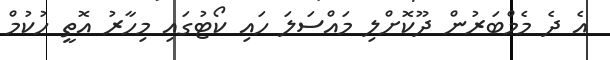
އެ ދެ މެމްބަރުން ދޫކޮށްލި މައްސަލަ ހައި ކޯޓުގައި މިހާރު އޮތީ ހުކުމް